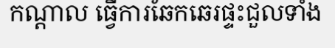
កណ្តាល ធ្វើការឆែកឆេរផ្ទះជួលទាំង